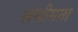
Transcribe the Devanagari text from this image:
ससीमता